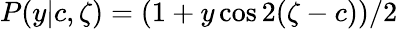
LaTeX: P(y|{c},\zeta)=(1+y\cos 2(\zeta-c))/2